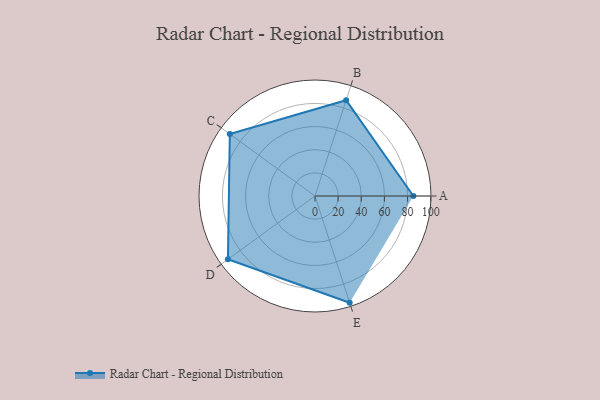
{"axis": {"x": "Skill", "y": "Score"}, "legend": ["Profile"], "data": [{"x": "A", "y": 85.0, "type": "Profile"}, {"x": "B", "y": 87.0, "type": "Profile"}, {"x": "C", "y": 91.0, "type": "Profile"}, {"x": "D", "y": 93.0, "type": "Profile"}, {"x": "E", "y": 97.0, "type": "Profile"}]}